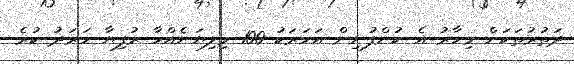
ދަތުރުތަކަށް މިހާރު އެ ކުންފުނިން އަހަރަކު 100 މިލިޔަނެއްހާ ރުފިޔާ ހަރަދު ކުރެ